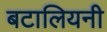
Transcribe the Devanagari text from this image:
बटालियनी